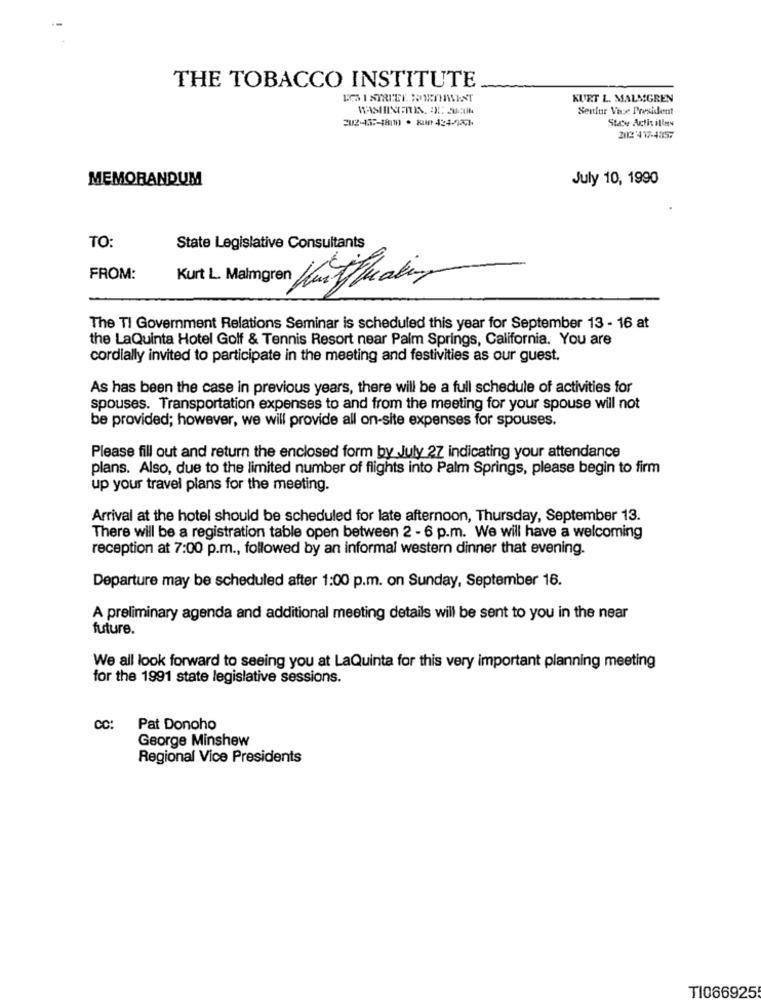
THE TOBACCO INSTITUTE
KURT L. MALMGREN
WASHINGFITIN. EX: SUCUN
Senior Vinst President
202-13 :- 18/10 . 800 434-5778
State Activ illus
202'417-4357
MEMORANDUM
July 10, 1990
TO:
State Legislative Consultants
FROM:
Kurt L. Malmgren Kunden
The TI Government Relations Seminar is scheduled this year for September 13 - 16 at
the LaQuinta Hotel Golf & Tennis Resort near Palm Springs, California. You are
cordially invited to participate in the meeting and festivities as our guest.
As has been the case in previous years, there will be a full schedule of activities for
spouses. Transportation expenses to and from the meeting for your spouse will not
be provided; however, we will provide all on-site expenses for spouses.
Please fill out and return the enclosed form by July 27 indicating your attendance
plans. Also, due to the limited number of flights into Palm Springs, please begin to firm
up your travel plans for the meeting.
Arrival at the hotel should be scheduled for late afternoon, Thursday, September 13.
There will be a registration table open between 2 - 6 p.m. We will have a welcoming
reception at 7:00 p.m ., followed by an informal western dinner that evening.
Departure may be scheduled after 1:00 p.m. on Sunday, September 16.
A preliminary agenda and additional meeting details will be sent to you in the near
future.
We all look forward to seeing you at LaQuinta for this very important planning meeting
for the 1991 state legislative sessions.
CC
Pat Donoho
George Minshew
Regional Vice Presidents
T1066925